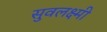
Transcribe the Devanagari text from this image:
सुवलक्ष्मी